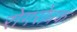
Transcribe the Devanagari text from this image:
रोगरोधक